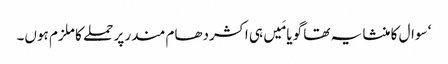
‘ سوال کا منشا یہ تھا گویا مَیں ہی اکشردھام مندر پر حملے کا ملزم ہوں۔